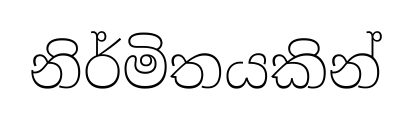
නිර්මිතයකින්